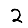
Digit: 2